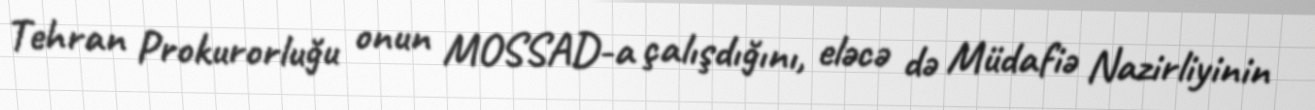
Tehran Prokurorluğu onun MOSSAD-a çalışdığını, eləcə də Müdafiə Nazirliyinin